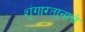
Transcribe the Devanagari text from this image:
शृंगारतानाचे